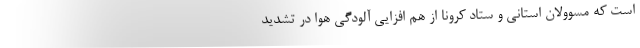
است که مسوولان استانی و ستاد کرونا از هم افزایی آلودگی هوا در تشدید